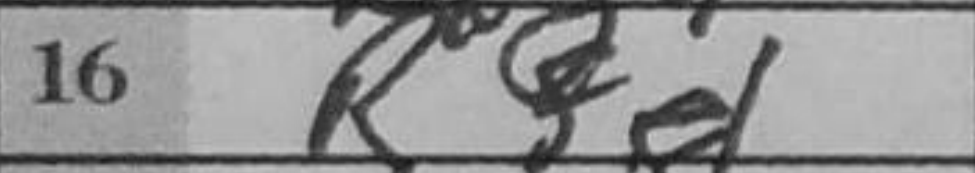
Transcription: Rfe1